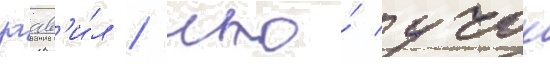
заав'и́л / что́ учок